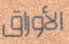
الأوراق